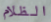
الظلام